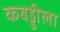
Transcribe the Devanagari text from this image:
कबड्डीला